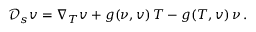
{ \mathscr D } _ { s } v = \nabla _ { T } v + g ( \nu , v ) \, T - g ( T , v ) \, \nu \, .